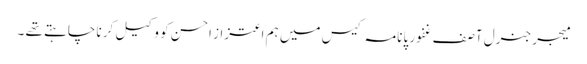
میجر جنرل آصف غفور پانامہ کیس میں ہم اعتزاز احسن کو وکیل کرنا چاہتے تھے ۔